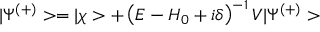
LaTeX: | \Psi ^ { ( + ) } > = | \chi > + \left( E - H _ { 0 } + i \delta \right) ^ { - 1 } V | \Psi ^ { ( + ) } > \;